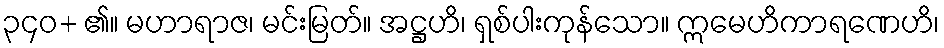
၃၄၀+ ၏။ မဟာရာဇ၊ မင်းမြတ်။ အဋ္ဌဟိ၊ ရှစ်ပါးကုန်သော။ ဣမေဟိကာရဏေဟိ၊